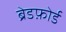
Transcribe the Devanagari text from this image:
ब्रेडफ़ोर्ड